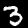
Digit: 3